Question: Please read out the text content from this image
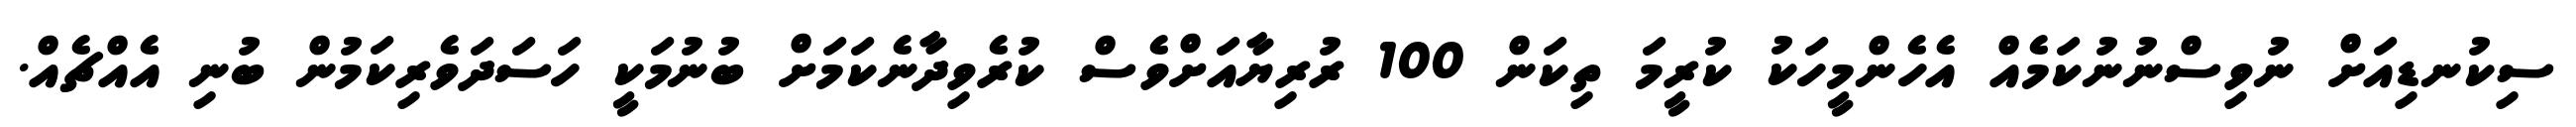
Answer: ސިކުނޑިއަށް ނުވިސްނުނުކަމެއް އެހެންމީހަކު ކުރީމަ ތިކަން 100 ރުރިޔާއަށްވެސް ކުރެވިދާނެކަމަށް ބުނުމަކީ ހަސަދަވެރިކަމުން ބުނި އެއްޗެއް.